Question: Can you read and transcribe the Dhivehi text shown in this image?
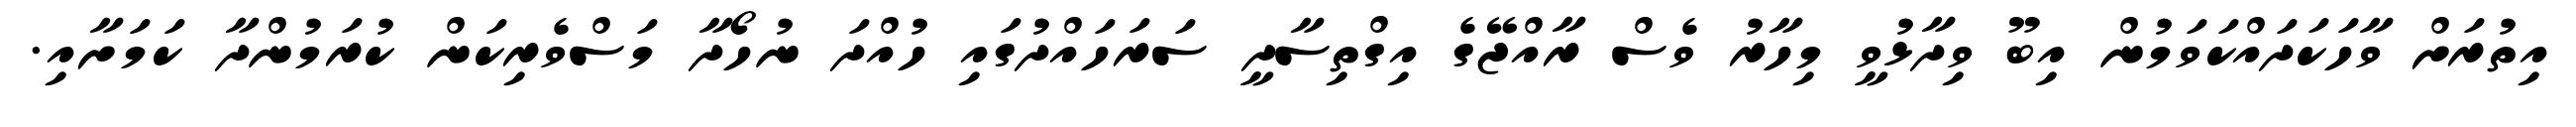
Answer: އިތުރަށް ވާހަކަދައްކަވަމުން އިބޫ ވިދާޅުވީ މިހާރު ވެސް ރާއްޖޭގެ އިގްތިސާދީ ސަރަހައްދުގައި ހުއްދަ ނުހޯދާ މަސްވެރިކަން ކުރަމުންދާ ކަމަށާއި.